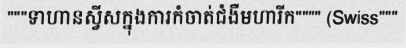
"""ទាហានស្វីសក្នុងការកំចាត់ជំងឺមហារីក"""" (Swiss"""